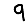
Digit: 9